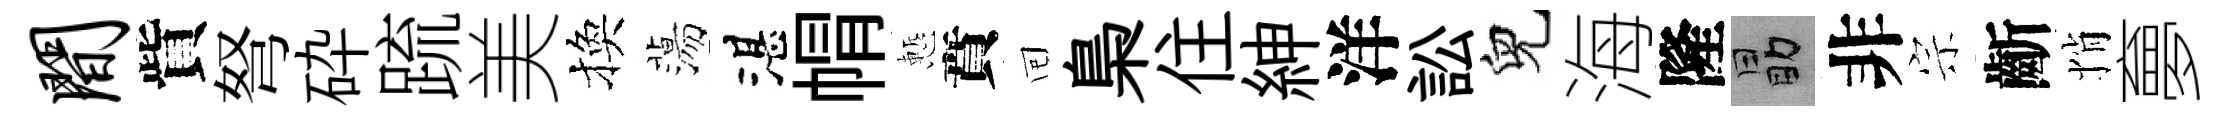
间貲弩砕䟽美換蕩湛㡌慙賁囘梟住紳洋訟兒海隆勗非宗齗悄夣